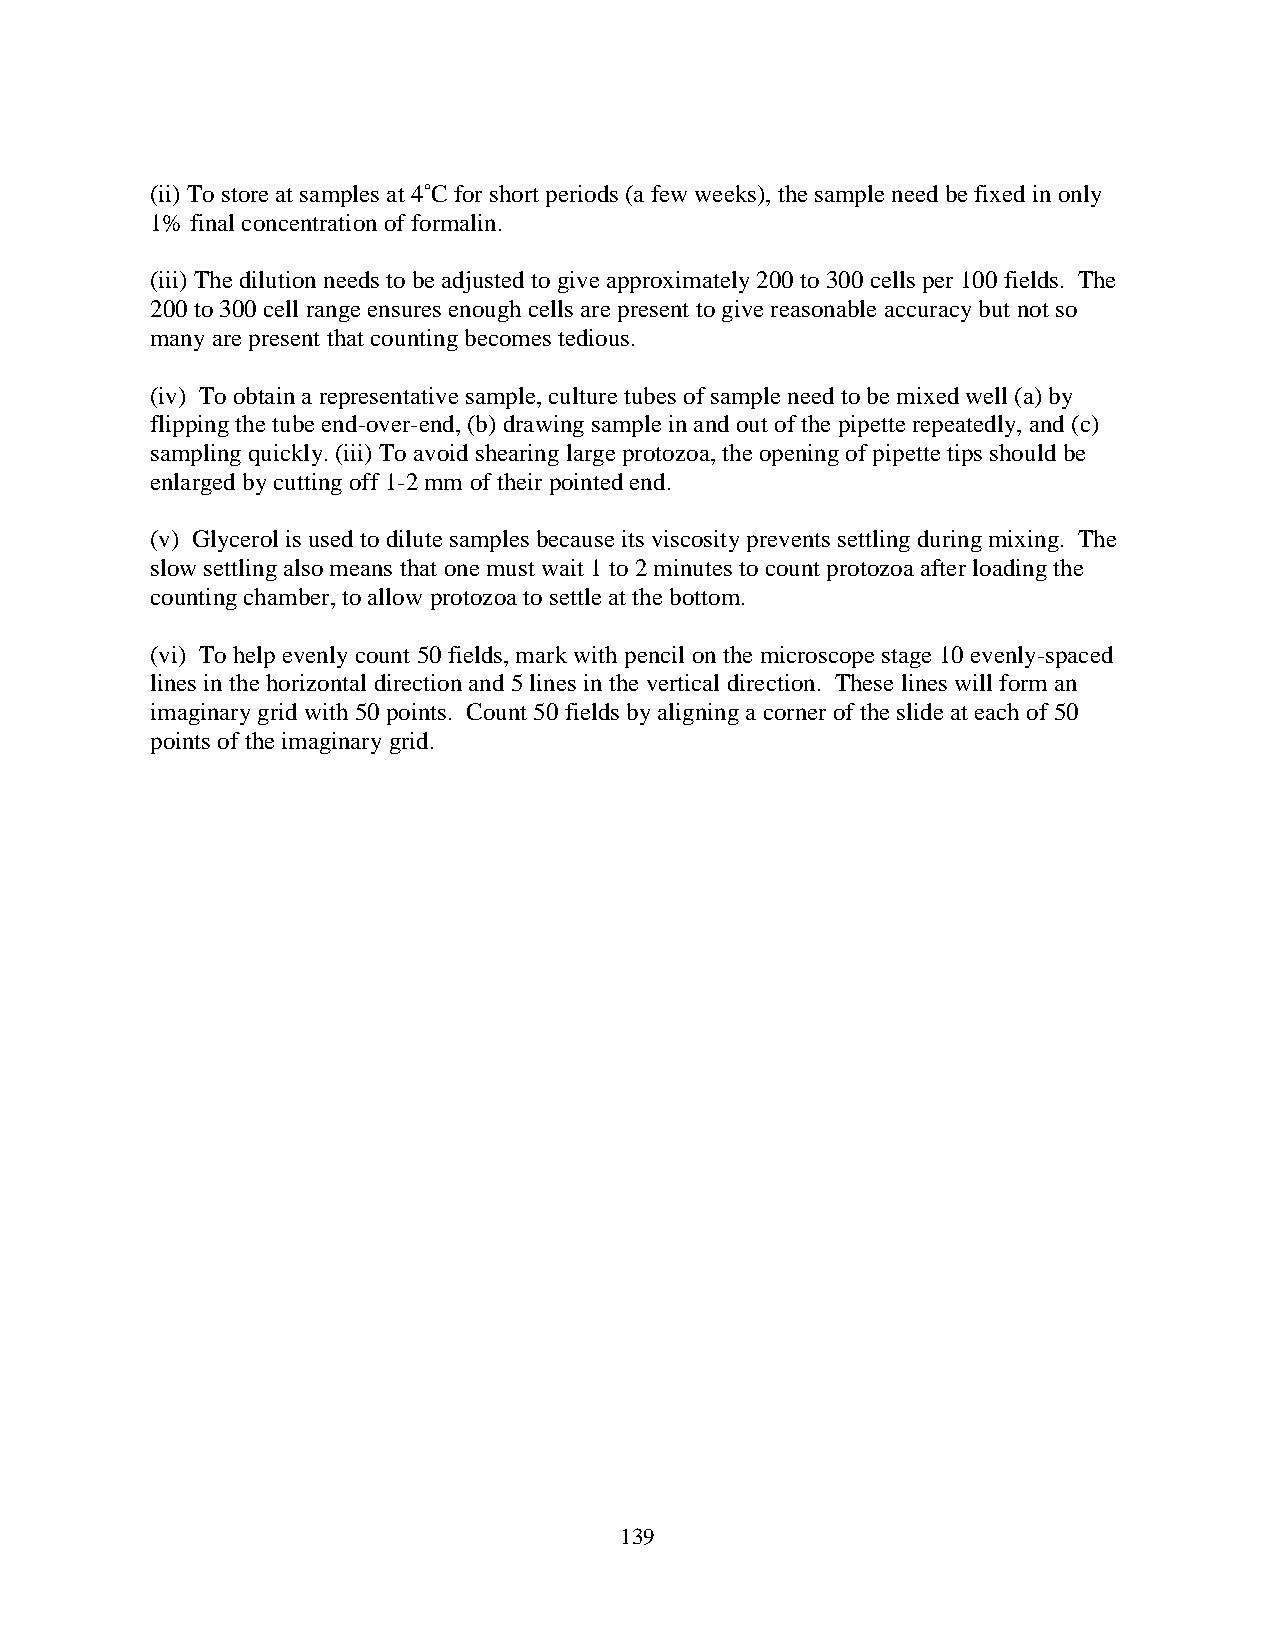
(ii) To store at samples at 4˚C for short periods (a few weeks), the sample need be fixed in only
 1% final concentration of formalin.
 (iii) The dilution needs to be adjusted to give approximately 200 to 300 cells per 100 fields. The
 200 to 300 cell range ensures enough cells are present to give reasonable accuracy but not so
 many are present that counting becomes tedious.
 (iv) To obtain a representative sample, culture tubes of sample need to be mixed well (a) by
 flipping the tube end-over-end, (b) drawing sample in and out of the pipette repeatedly, and (c)
 sampling quickly. (iii) To avoid shearing large protozoa, the opening of pipette tips should be
 enlarged by cutting off 1-2 mm of their pointed end.
 (v) Glycerol is used to dilute samples because its viscosity prevents settling during mixing. The
 slow settling also means that one must wait 1 to 2 minutes to count protozoa after loading the
 counting chamber, to allow protozoa to settle at the bottom.
 (vi) To help evenly count 50 fields, mark with pencil on the microscope stage 10 evenly-spaced
 lines in the horizontal direction and 5 lines in the vertical direction. These lines will form an
 imaginary grid with 50 points. Count 50 fields by aligning a corner of the slide at each of 50
 points of the imaginary grid.
 139